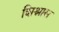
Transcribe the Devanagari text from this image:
शिश्नास